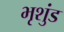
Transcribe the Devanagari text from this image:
भृशुंड